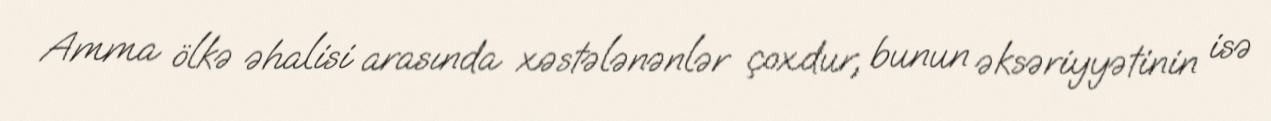
Amma ölkə əhalisi arasında xəstələnənlər çoxdur, bunun əksəriyyətinin isə